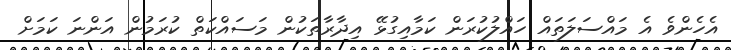
އެހެންވެ އެ މައްސަލަތައް ހައްލުކުރަން ކަމާއިގުޅޭ އިދާރާތަކުން މަސައްކަތް ކުރަމުން އަންނަ ކަމަށް